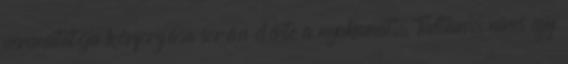
percmutatója körforgása során elérte a nyakamat. Tudtam, nincs egy